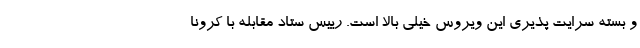
و بسته سرایت پذیری این ویروس خیلی بالا است. رییس ستاد مقابله با کرونا